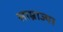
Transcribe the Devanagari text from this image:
साम्राज्या